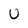
Character: U